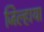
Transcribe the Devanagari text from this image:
जिल्हाया